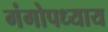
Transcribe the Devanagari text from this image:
गंगोपध्याय